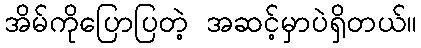
အိမ်ကိုပြောပြတဲ့ အဆင့်မှာပဲရှိတယ်။